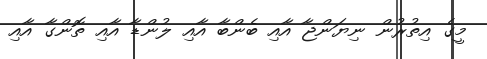
މީގެ އިތުރުން ނިޔަންޖާ އާއި ބެންބާ އާއި ލުންޑާ އާއި ތޮންގާ އާއި